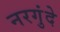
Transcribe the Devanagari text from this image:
नरगुंदे